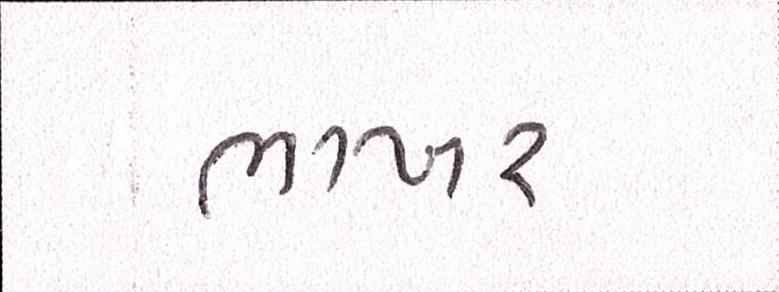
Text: ભાખર